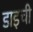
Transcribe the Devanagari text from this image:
डाइची